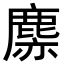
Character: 𪊳